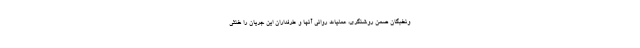
ونخبگان ضمن روشنگری، عملیات روانی آنها و طرفداران این جریان را خنثی